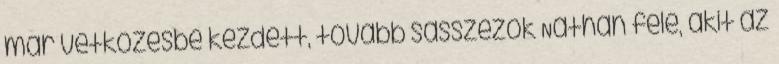
már vetkőzésbe kezdett, tovább sasszézok Nathan felé, akit az